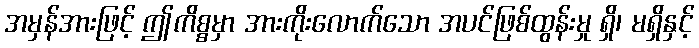
အမှန်အားဖြင့် ဤကိစ္စမှာ အားကိုးလောက်သော အပင်ဖြစ်ထွန်းမှု ရှိ၊ မရှိနှင့်